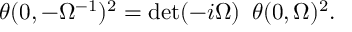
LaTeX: \theta ( 0 , - \Omega ^ { - 1 } ) ^ { 2 } = \operatorname * { d e t } ( - i \Omega ) \, \, \, \theta ( 0 , \Omega ) ^ { 2 } .